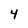
Character: 4